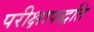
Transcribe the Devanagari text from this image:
परीक्षापद्धति